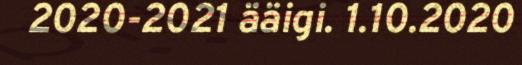
2020-2021 ääigi. 1.10.2020